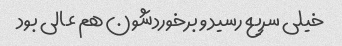
خیلی سریع رسید و برخوردشون هم عالی بود